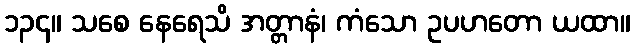
၁၃၄။ သစေ နေရေသိ အတ္တာနံ၊ ကံသော ဥပဟတော ယထာ။